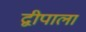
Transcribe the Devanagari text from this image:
द्वीपाला